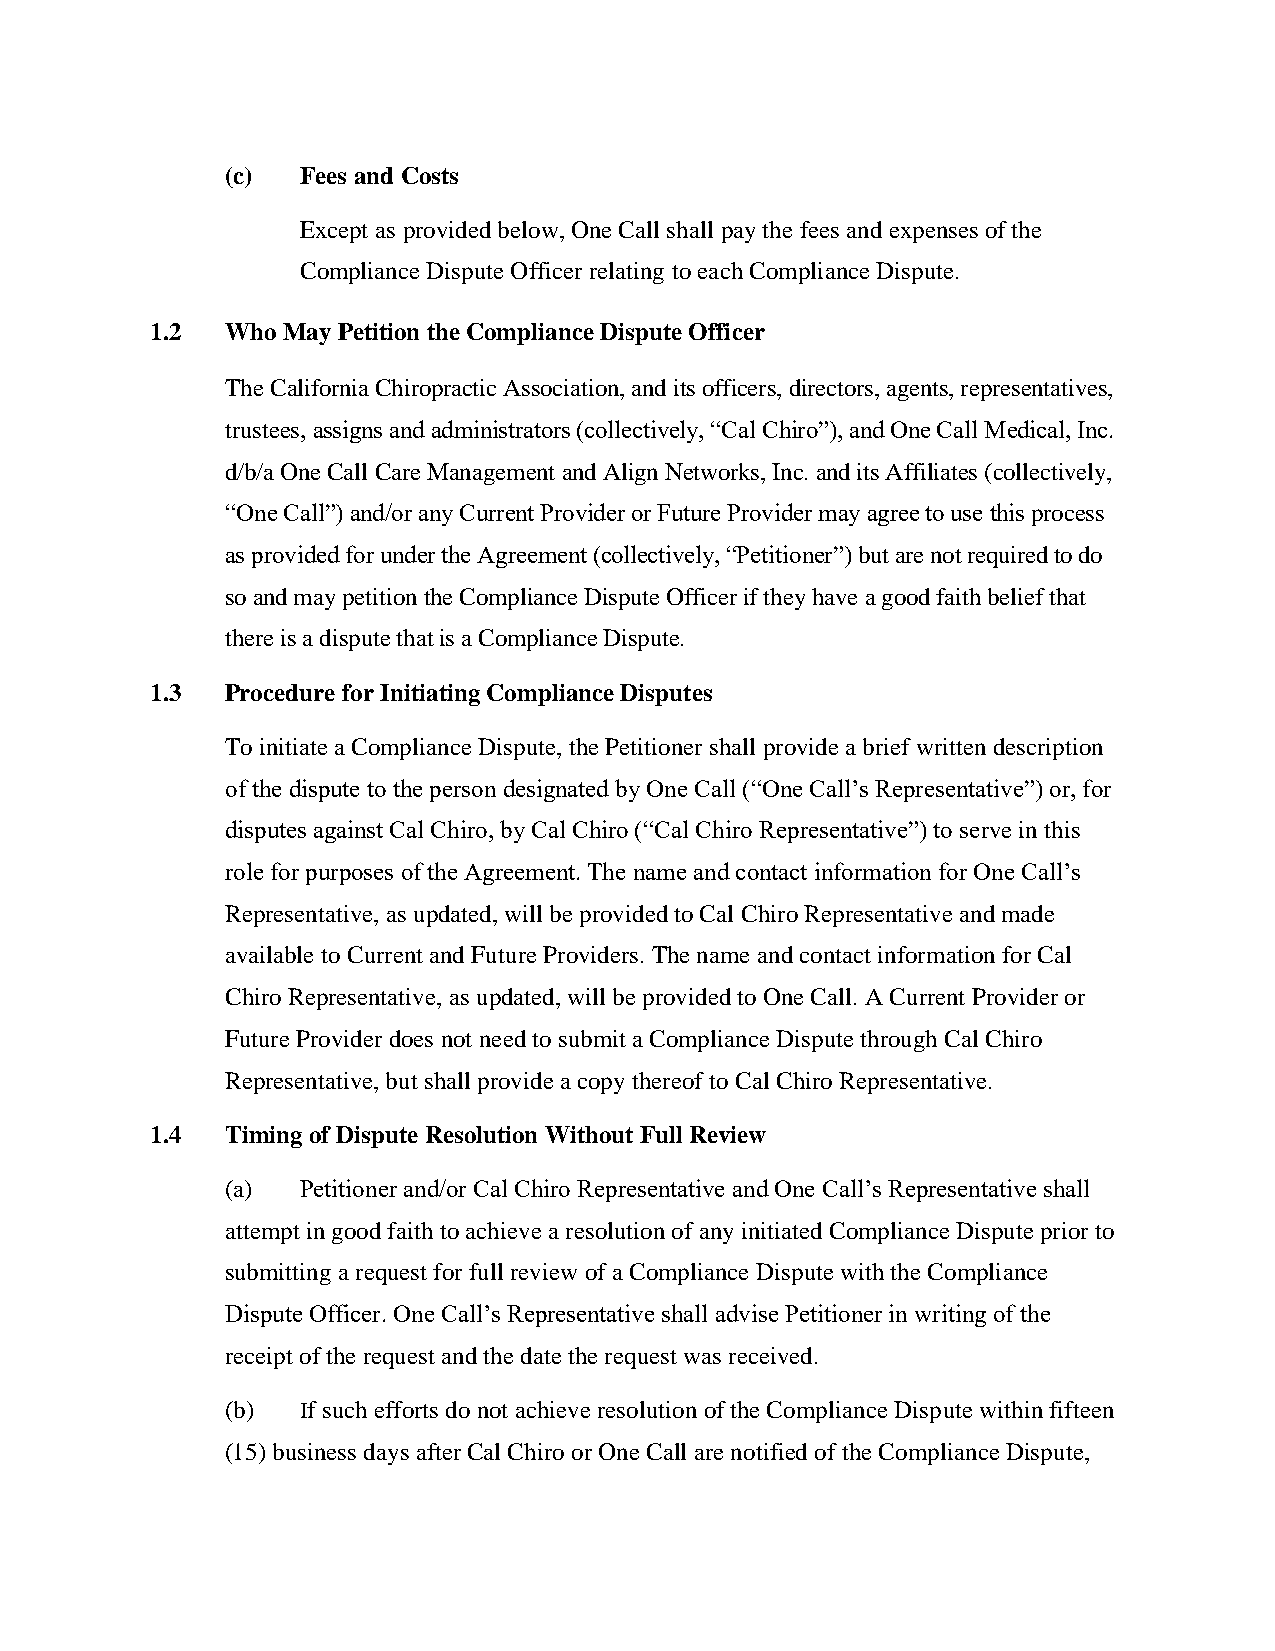
(c)  Fees and Costs
 Except as provided below, One Call shall pay the fees and expenses of the
 Compliance Dispute Officer relating to each Compliance Dispute.
 1.2  Who May Petition the Compliance Dispute Officer
 The California Chiropractic Association, and its officers, directors, agents, representatives,
 trustees, assigns and administrators (collectively, “Cal Chiro”), and One Call Medical, Inc.
 d/b/a One Call Care Management and Align Networks, Inc. and its Affiliates (collectively,
 “One Call”) and/or any Current Provider or Future Provider may agree to use this process
 as provided for under the Agreement (collectively, “Petitioner”) but are not required to do
 so and may petition the Compliance Dispute Officer if they have a good faith belief that
 there is a dispute that is a Compliance Dispute.
 1.3  Procedure for Initiating Compliance Disputes
 To initiate a Compliance Dispute, the Petitioner shall provide a brief written description
 of the dispute to the person designated by One Call (“One Call’s Representative”) or, for
 disputes against Cal Chiro, by Cal Chiro (“Cal Chiro Representative”) to serve in this
 role for purposes of the Agreement. The name and contact information for One Call’s
 Representative, as updated, will be provided to Cal Chiro Representative and made
 available to Current and Future Providers. The name and contact information for Cal
 Chiro Representative, as updated, will be provided to One Call. A Current Provider or
 Future Provider does not need to submit a Compliance Dispute through Cal Chiro
 Representative, but shall provide a copy thereof to Cal Chiro Representative.
 1.4  Timing of Dispute Resolution Without Full Review
 (a)  Petitioner and/or Cal Chiro Representative and One Call’s Representative shall
 attempt in good faith to achieve a resolution of any initiated Compliance Dispute prior to
 submitting a request for full review of a Compliance Dispute with the Compliance
 Dispute Officer. One Call’s Representative shall advise Petitioner in writing of the
 receipt of the request and the date the request was received.
 (b)  If such efforts do not achieve resolution of the Compliance Dispute within fifteen
 (15) business days after Cal Chiro or One Call are notified of the Compliance Dispute,